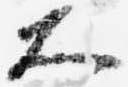
大